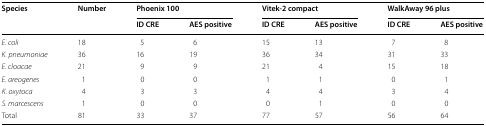
| <ROWSPAN=2> Species | <ROWSPAN=2> Number | <COLSPAN=2> Phoenix 100 | <COLSPAN=2> Vitek-2 compact | <COLSPAN=2> WalkAway 96 plus |
 | ID CRE | AES positive | ID CRE | AES positive | ID CRE | AES positive |
 | --- | --- | --- | --- | --- | --- | --- | --- |
 | E. coli | 18 | 5 | 6 | 15 | 13 | 7 | 8 |
 | K. pneumoniae | 36 | 16 | 19 | 36 | 34 | 31 | 33 |
 | E. cloacae | 21 | 9 | 9 | 21 | 4 | 15 | 18 |
 | E. areogenes | 1 | 0 | 0 | 1 | 1 | 0 | 1 |
 | K. oxytoca | 4 | 3 | 3 | 4 | 4 | 3 | 4 |
 | S. marcescens | 1 | 0 | 0 | 0 | 1 | 0 | 0 |
 | Total | 81 | 33 | 37 | 77 | 57 | 56 | 64 |